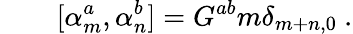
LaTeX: \qquad[\alpha_{m}^{a},\alpha_{n}^{b}]=G^{ab}m\delta_{m+n,0}\ .